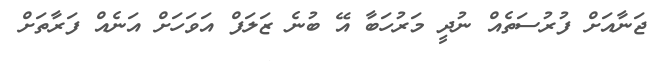
ޖަނާއަށް ފުރުސަތެއް ނުދީ މަރުހަބާ އޭ ބުނެ ޒަލަފް އަވަހަށް އަނެއް ފަރާތަށް